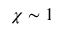
\chi \sim 1